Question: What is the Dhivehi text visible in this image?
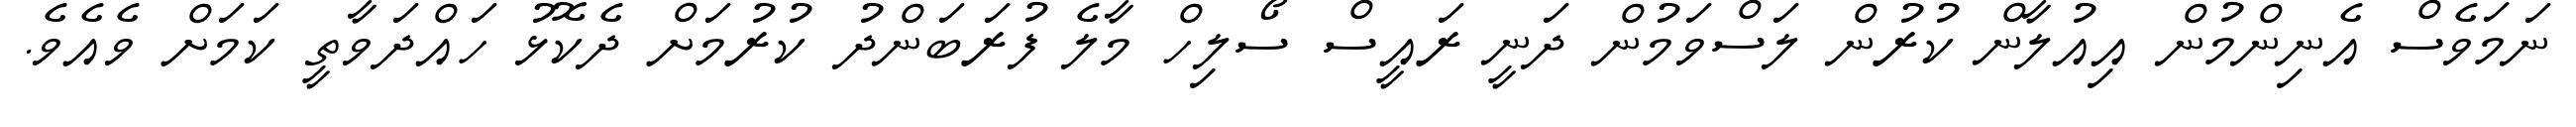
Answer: ނަމަވެސް އެނިންމުން އިއުލާން ކުރުން ލަސްވަމުން ދަނީ ރައީސް ސޯލިހް މާލެ ފުރަބަންދު ކުރުމަށް ދެކޮޅު ހައްދަވާތީ ކަމަށް ވެއެވެ.